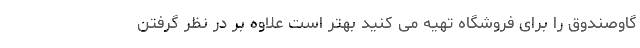
گاوصندوق را برای فروشگاه تهیه می­ کنید بهتر است علاوه بر در نظر گرفتن